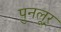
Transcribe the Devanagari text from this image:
पुनलूर्